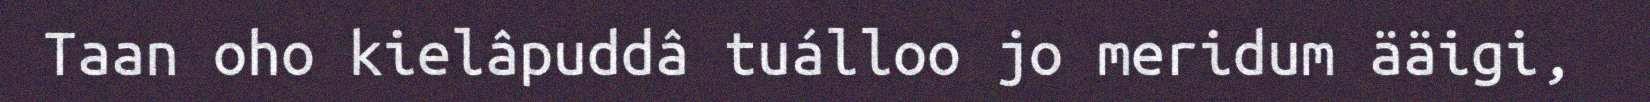
Taan oho kielâpuddâ tuálloo jo meridum ääigi,